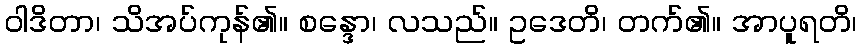
ဝါဒိတာ၊ သိအပ်ကုန်၏။ စန္ဒော၊ လသည်။ ဥဒေတိ၊ တက်၏။ အာပူရတိ၊